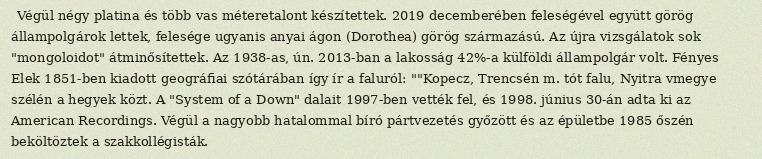
Végül négy platina és több vas méteretalont készítettek. 2019 decemberében feleségével együtt görög állampolgárok lettek, felesége ugyanis anyai ágon (Dorothea) görög származású. Az újra vizsgálatok sok "mongoloidot" átminősítettek. Az 1938-as, ún. 2013-ban a lakosság 42%-a külföldi állampolgár volt. Fényes Elek 1851-ben kiadott geográfiai szótárában így ír a faluról: ""Kopecz, Trencsén m. tót falu, Nyitra vmegye szélén a hegyek közt. A "System of a Down" dalait 1997-ben vették fel, és 1998. június 30-án adta ki az American Recordings. Végül a nagyobb hatalommal bíró pártvezetés győzött és az épületbe 1985 őszén beköltöztek a szakkollégisták.